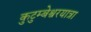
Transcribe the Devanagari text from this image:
कुटुम्बेश्वरयात्रा